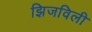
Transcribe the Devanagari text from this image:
झिजविली